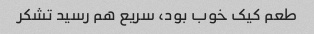
طعم کیک خوب بود، سریع هم رسید تشکر